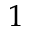
1